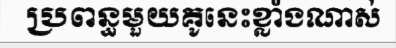
ប្រពន្ធមួយគូនេះខ្លាំងណាស់